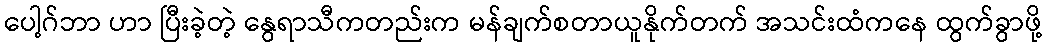
ပေါ့ဂ်ဘာ ဟာ ပြီးခဲ့တဲ့ နွေရာသီကတည်းက မန်ချက်စတာယူနိုက်တက် အသင်းထံကနေ ထွက်ခွာဖို့